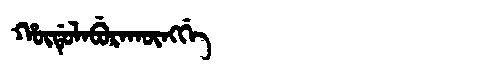
Manchu: ᡥᡡᡩᡠᠯᠠᠪᡠᡵᠠᡴᡡᠩᡤᡝ
Romanization: HŪDULABURAKŪNGGE